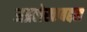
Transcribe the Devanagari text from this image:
अग्रलेखाबद्दल